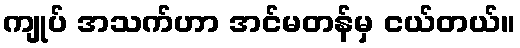
ကျုပ် အသက်ဟာ အင်မတန်မှ ငယ်တယ်။